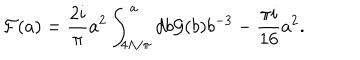
{ \cal F } ( a ) = { \frac { 2 i } { \pi } } a ^ { 2 } \int _ { 4 \Lambda / \pi } ^ { a } d b { \cal G } ( b ) b ^ { - 3 } - { \frac { \pi i } { 1 6 } } a ^ { 2 } .